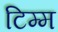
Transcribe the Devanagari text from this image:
टिम्म